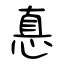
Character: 悳